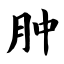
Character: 肿